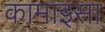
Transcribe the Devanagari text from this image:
कामाइसा